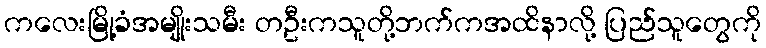
ကလေးမြို့ခံအမျိုးသမီး တဦးကသူတို့ဘက်ကအထိနာလို့ ပြည်သူတွေကို